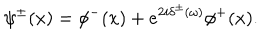
\psi ^ { \pm } ( x ) = \phi ^ { - } ( x ) + e ^ { 2 i \delta ^ { \pm } ( \omega ) } \phi ^ { + } ( x ) .